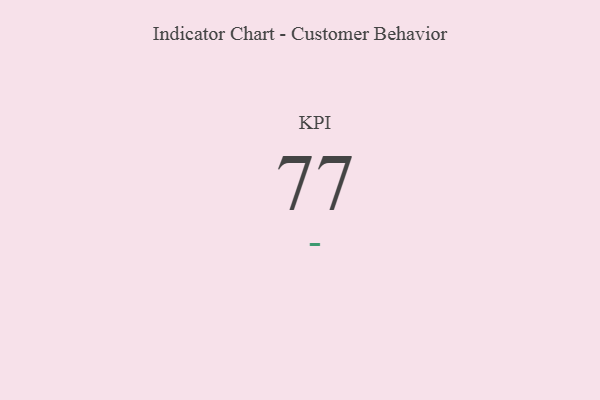
{"axis": {"x": "KPI", "y": "Value"}, "legend": [""], "data": [{"x": "KPI", "y": 77, "type": ""}]}